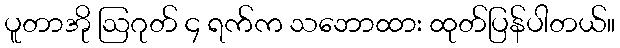
ပူတာအို ဩဂုတ် ၄ ရက်က သဘောထား ထုတ်ပြန်ပါတယ်။